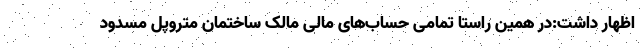
اظهار داشت:در همین راستا تمامی حساب‌های مالی مالک ساختمان متروپل مسدود